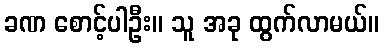
ခဏ စောင့်ပါဦး။ သူ အခု ထွက်လာမယ်။